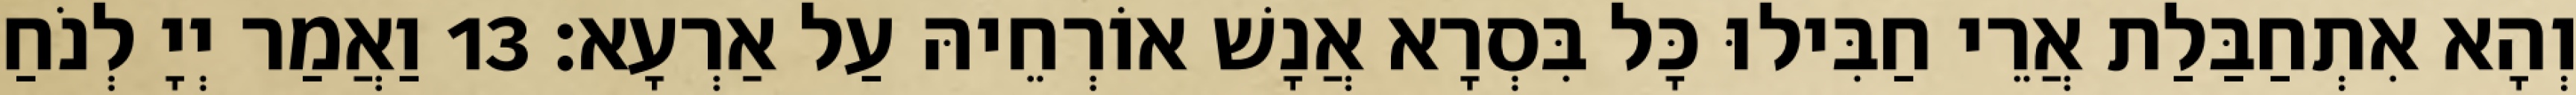
וְהָא אִתְחַבַּלַת אֲרֵי חַבִּילוּ כָּל בִּסְרָא אֲנָשׁ אוֹרְחֵיהּ עַל אַרְעָא׃ 13 וַאֲמַר יְיָ לְנֹחַ